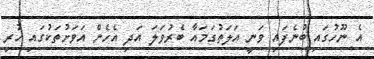
އެ ނޫހުގައި ބުނެފައި ވަނީ އަލަތުގަމައާ ބެރުވަލަ އަދި އެހެން އަވަށުތަކުގައި ހުރި